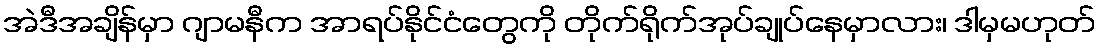
အဲဒီအချိန်မှာ ဂျာမနီက အာရပ်နိုင်ငံတွေကို တိုက်ရိုက်အုပ်ချုပ်နေမှာလား၊ ဒါမှမဟုတ်